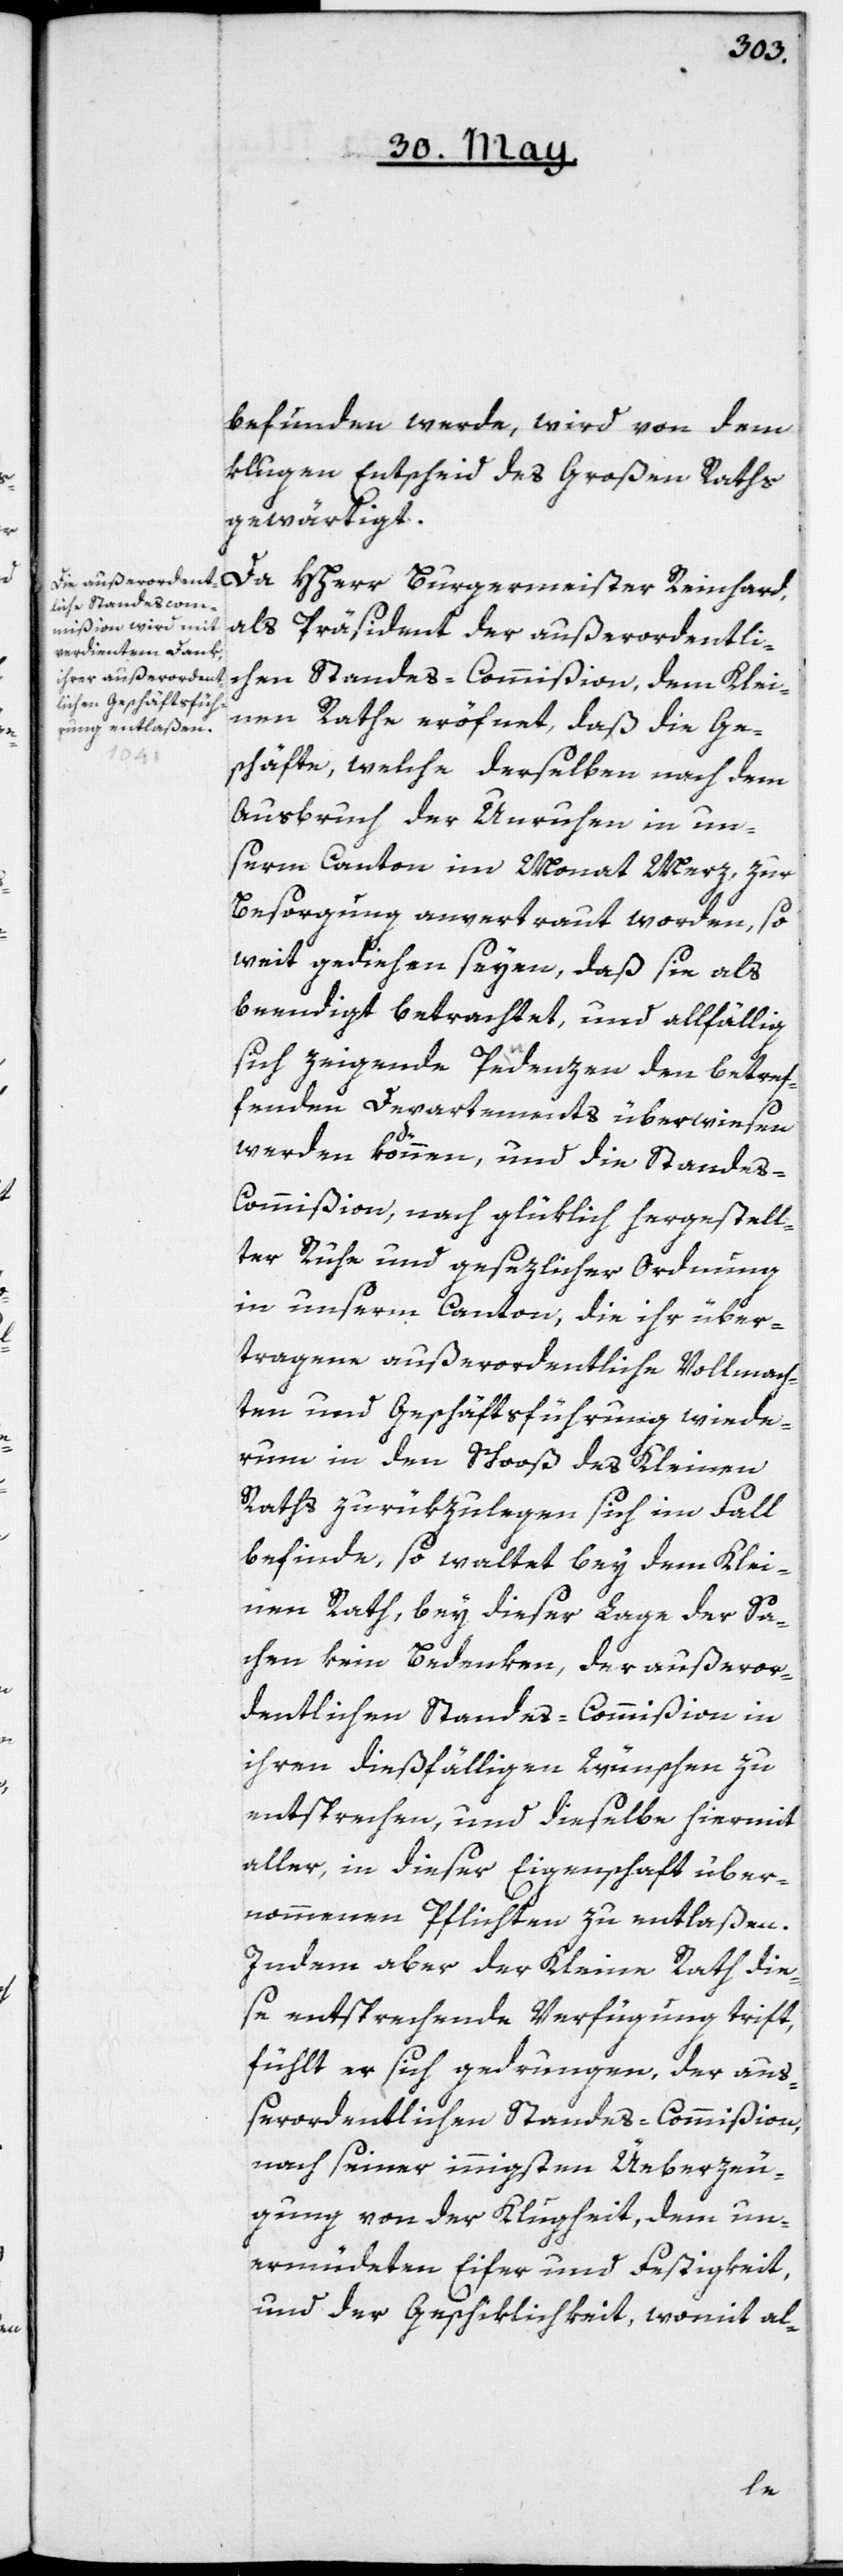
befunden werde, wird von dem
klugen Entscheid des Großen Raths
gewärtigt.
Da Hherr Burgermeister Reinhard,
als Präsident der außerordentlic¬
hen Standes-Commißion, dem Klei¬
nen Rathe eröfnet, daß die Ge¬
schäfte, welche derselben nach dem
Ausbruch der Unruhen in un¬
serm Canton im Monat Merz, zur
Besorgung anvertraut worden, so
weit gediehen seyen, daß sie als
beendigt betrachtet, und allfällig
sich zeigende Pendenzen den betref¬
fenden Departements überwiesen
werden können, und die Standes-C¬
ommißion, nach glüklich hergestell¬
ter Ruhe und gesezlicher Ordnung
in unserm Canton, die ihr über¬
tragene außerordentliche Vollmach¬
ten und Geschäftsführung wiede¬
rum in den Schooß des Kleinen
Raths zurükzulegen sich im Fall
befinde, so waltet bey dem Klei¬
nen Rath, bey dieser Lage der Sa¬
chen kein Bedenken, der außeror¬
dentlichen Standes-Commißion in
ihren dießfälligen Wünschen zu
entsprechen, und dieselbe hiermit
aller, in dieser Eigenschaft über¬
nommenen Pflichten zu entlaßen.
Indem aber der Kleine Rath die¬
se entsprechende Verfügung trift,
fühlt er sich gedrungen, der auß¬
erordentlichen Standes-Commißion,
nach seiner innigsten Üeberzeu¬
gung von der Klugheit, dem un¬
ermüdeten Eifer und Festigkeit,
und der Geschiklichkeit, womit al-